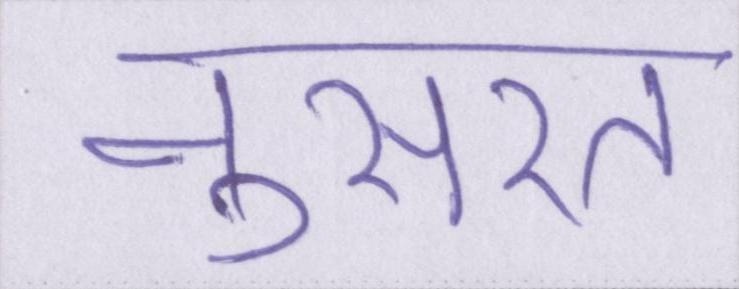
नुसरत